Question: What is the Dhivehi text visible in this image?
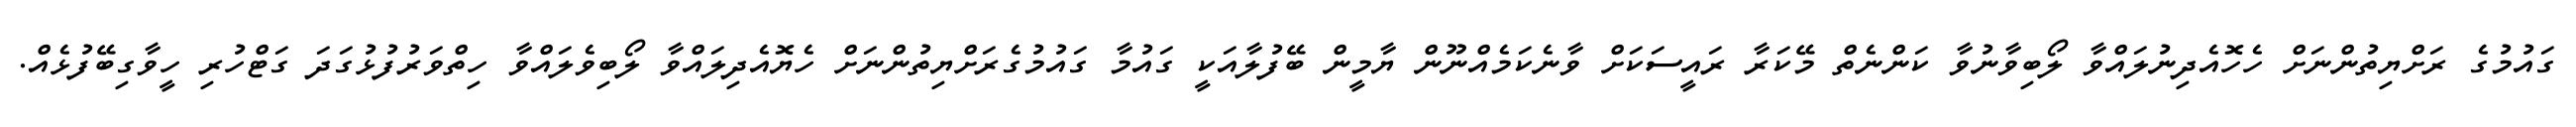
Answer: ގައުމުގެ ރަށްޔިތުންނަށް ހެހޮއެދިނުލައްވާ ލޯބިވާނުވާ ކަންނެތް މޭކަރާ ރައީސަކަށް ވާނެކަމެއްނޫން ޔާމީން ބޭފުލާއަކީ ގައުމާ ގައުމުގެރަށްޔިތުންނަށް ހެޔޮއެދިލައްވާ ލޯބިވެލައްވާ ހިތްވަރުފުޅުގަދަ ގަޓްހުރި ހީވާގިބޭފުޅެއް.